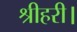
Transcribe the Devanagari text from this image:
श्रीहरी।